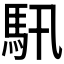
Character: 𩡰